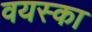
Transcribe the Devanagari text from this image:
वयस्का